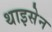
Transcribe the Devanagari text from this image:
थाइसेन